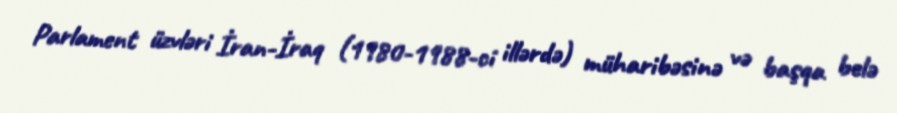
Parlament üzvləri İran-İraq (1980-1988-ci illərdə) müharibəsinə və başqa belə